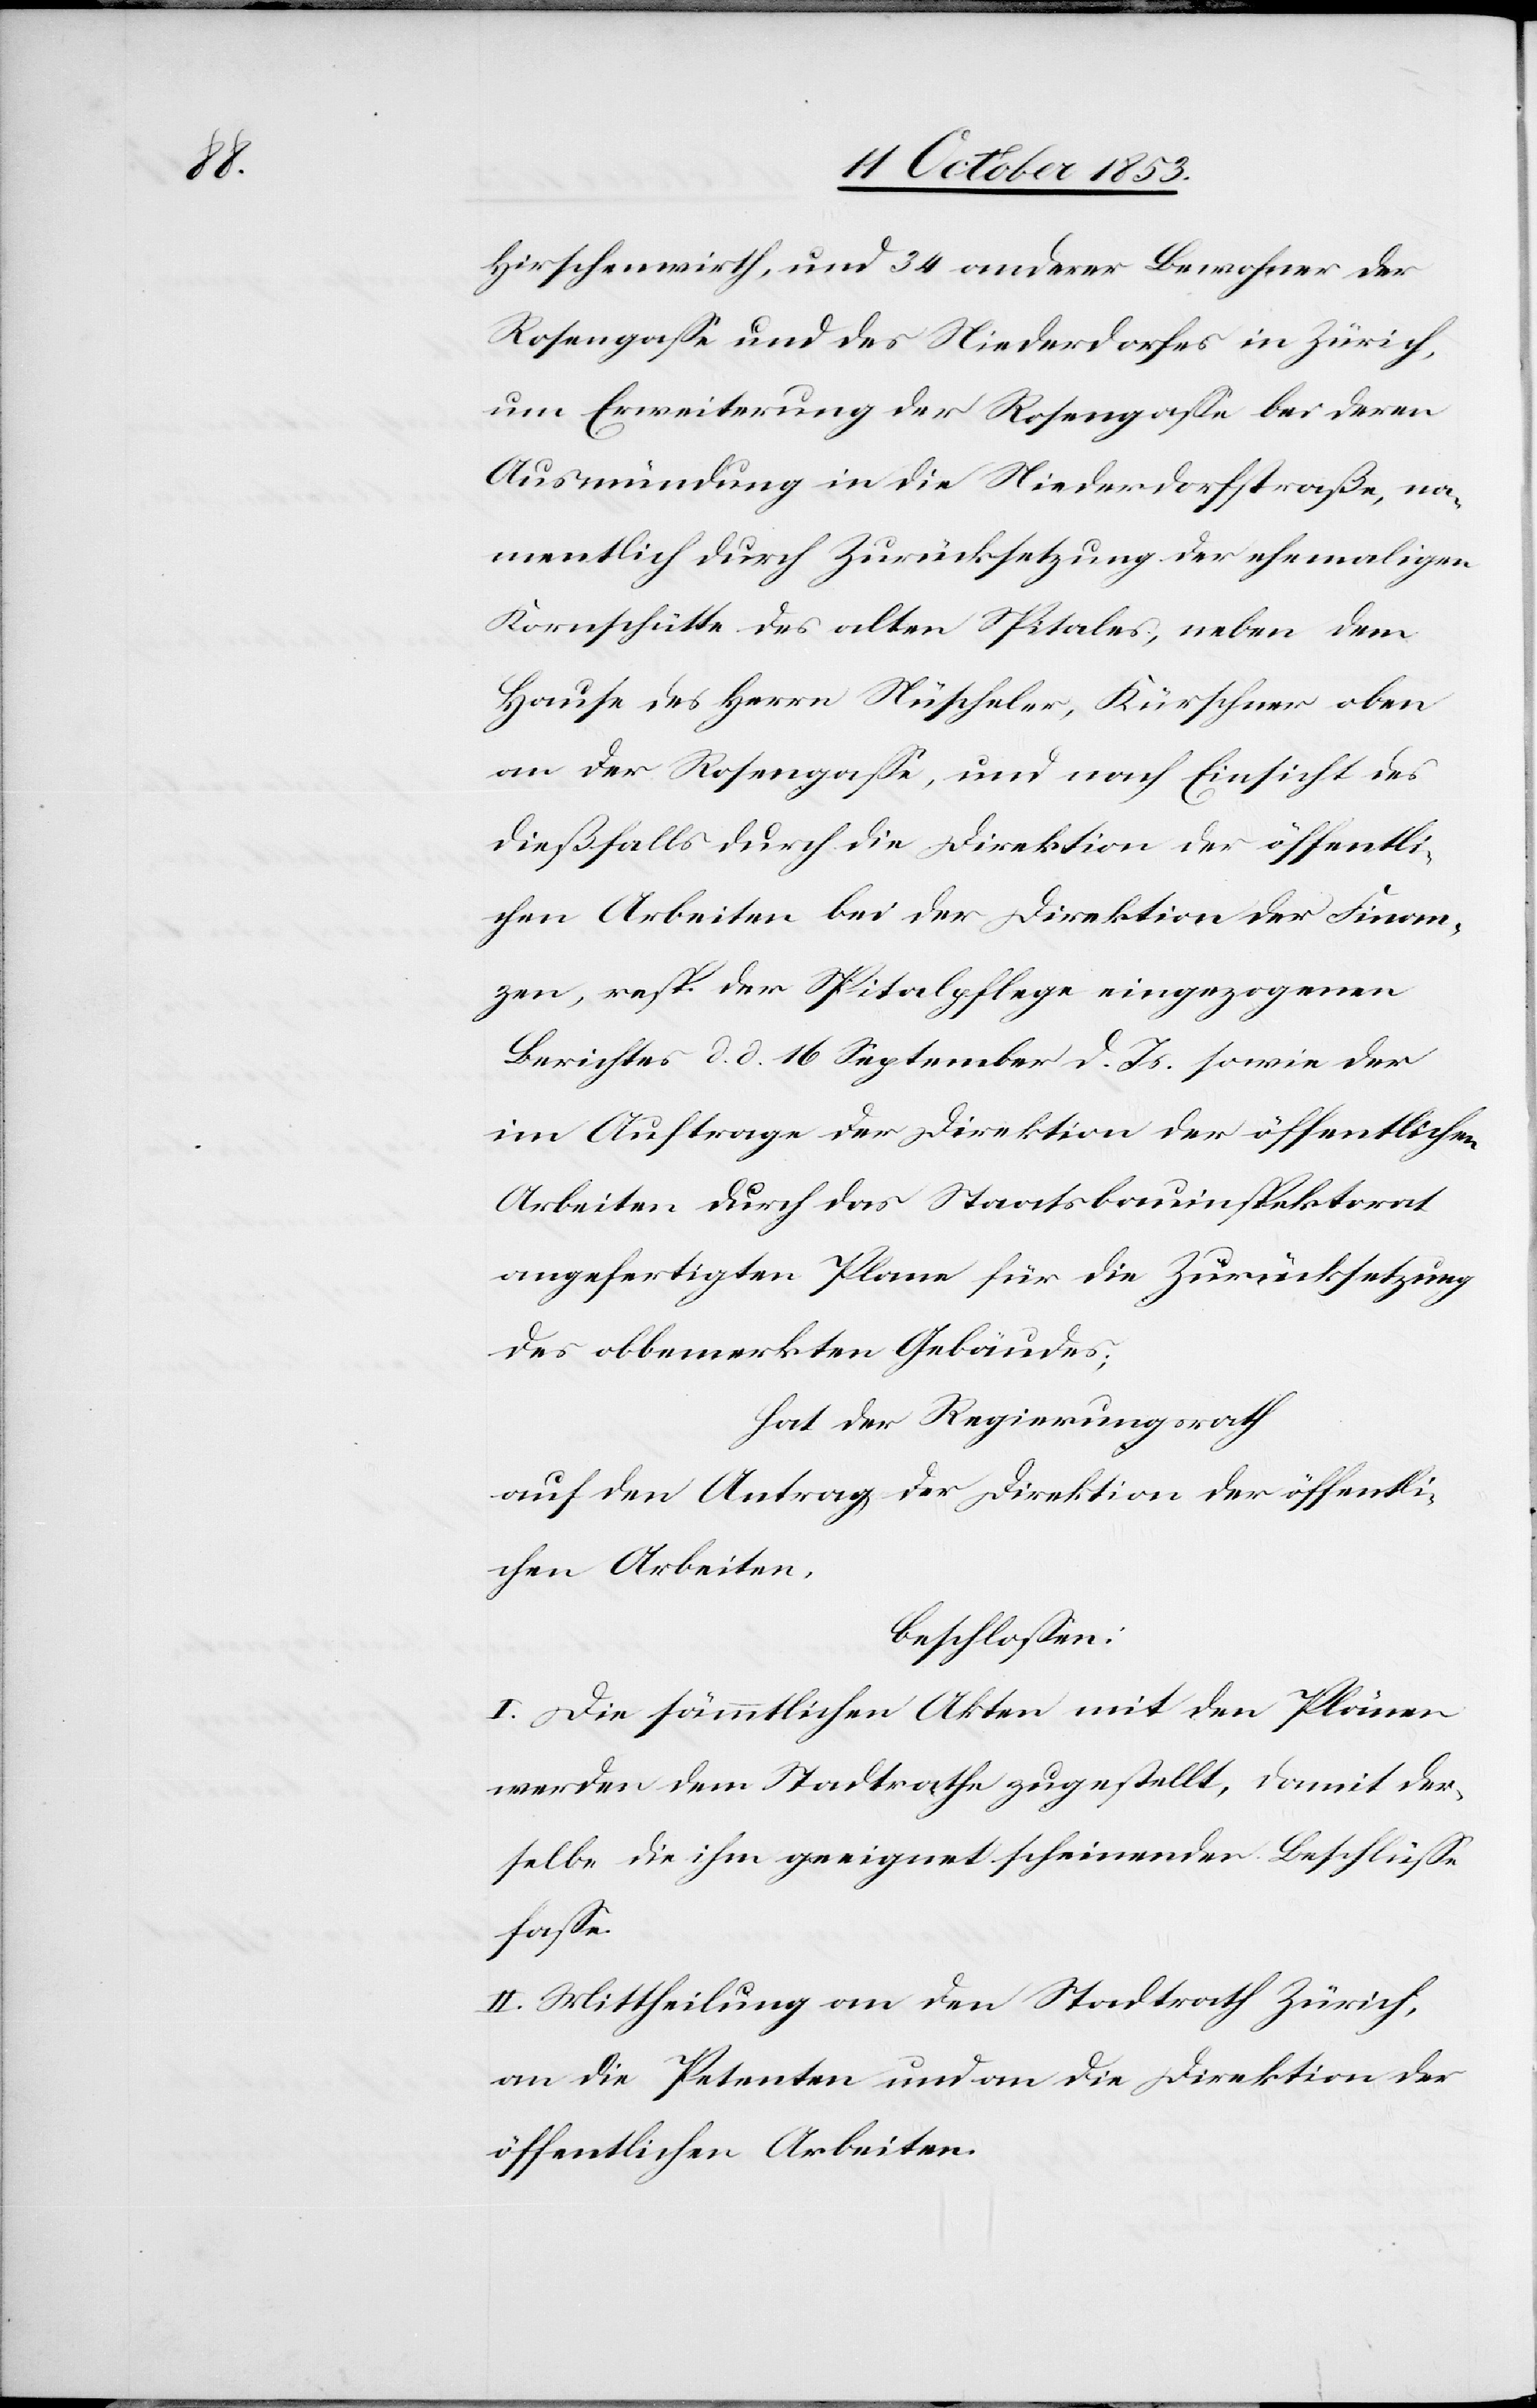
Hirschenwirth, und 34 anderer Bewohner der
Rosengaße und des Niederdorfes in Zürich,
um Erweiterung der Rosengaße bei deren
Ausmündung in die Niederdorfstraße, na¬
mentlich durch Zurücksetzung der ehemaligen
Kornschütte des alten Spitals, neben dem
Hause des Herrn Nüscheler, Kürschner oben
an der Rosengaße, und nach Einsicht des
dießfalls durch die Direktion der öffentli¬
chen Arbeiten bei der Direktion der Finan¬
zen, resp. der Spitalpflege eingezogenen
Berichtes d. d. 16 September d. Js. sowie der
im Auftrage der Direktion der öffentlichen
Arbeiten durch das Staatsbauinspektorat
angefertigten Plane für die Zurücksetzung
des obbemerkten Gebäudes;
hat der Regierungsrath
auf den Antrag der Direktion der öffentli¬
chen Arbeiten,
beschloßen:
I. Die sämmtlichen Akten mit den Plänen
werden dem Stadtrathe zugestellt, damit der¬
selbe die ihm geeignet scheinenden Beschlüße
faße.
II. Mittheilung an den Stadtrath Zürich,
an die Petenten und an die Direktion der
öffentlichen Arbeiten.